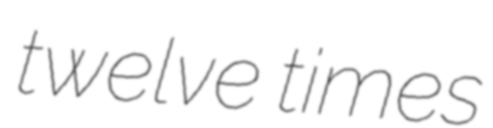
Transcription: twelve times